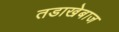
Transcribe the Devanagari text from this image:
तडाखेबाज